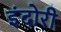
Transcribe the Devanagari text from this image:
इंदोरी